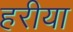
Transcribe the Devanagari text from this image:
हरीया